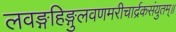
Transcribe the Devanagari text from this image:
लवङ्गहिङ्गुलवणमरीचार्द्रकसंयुतम्॥